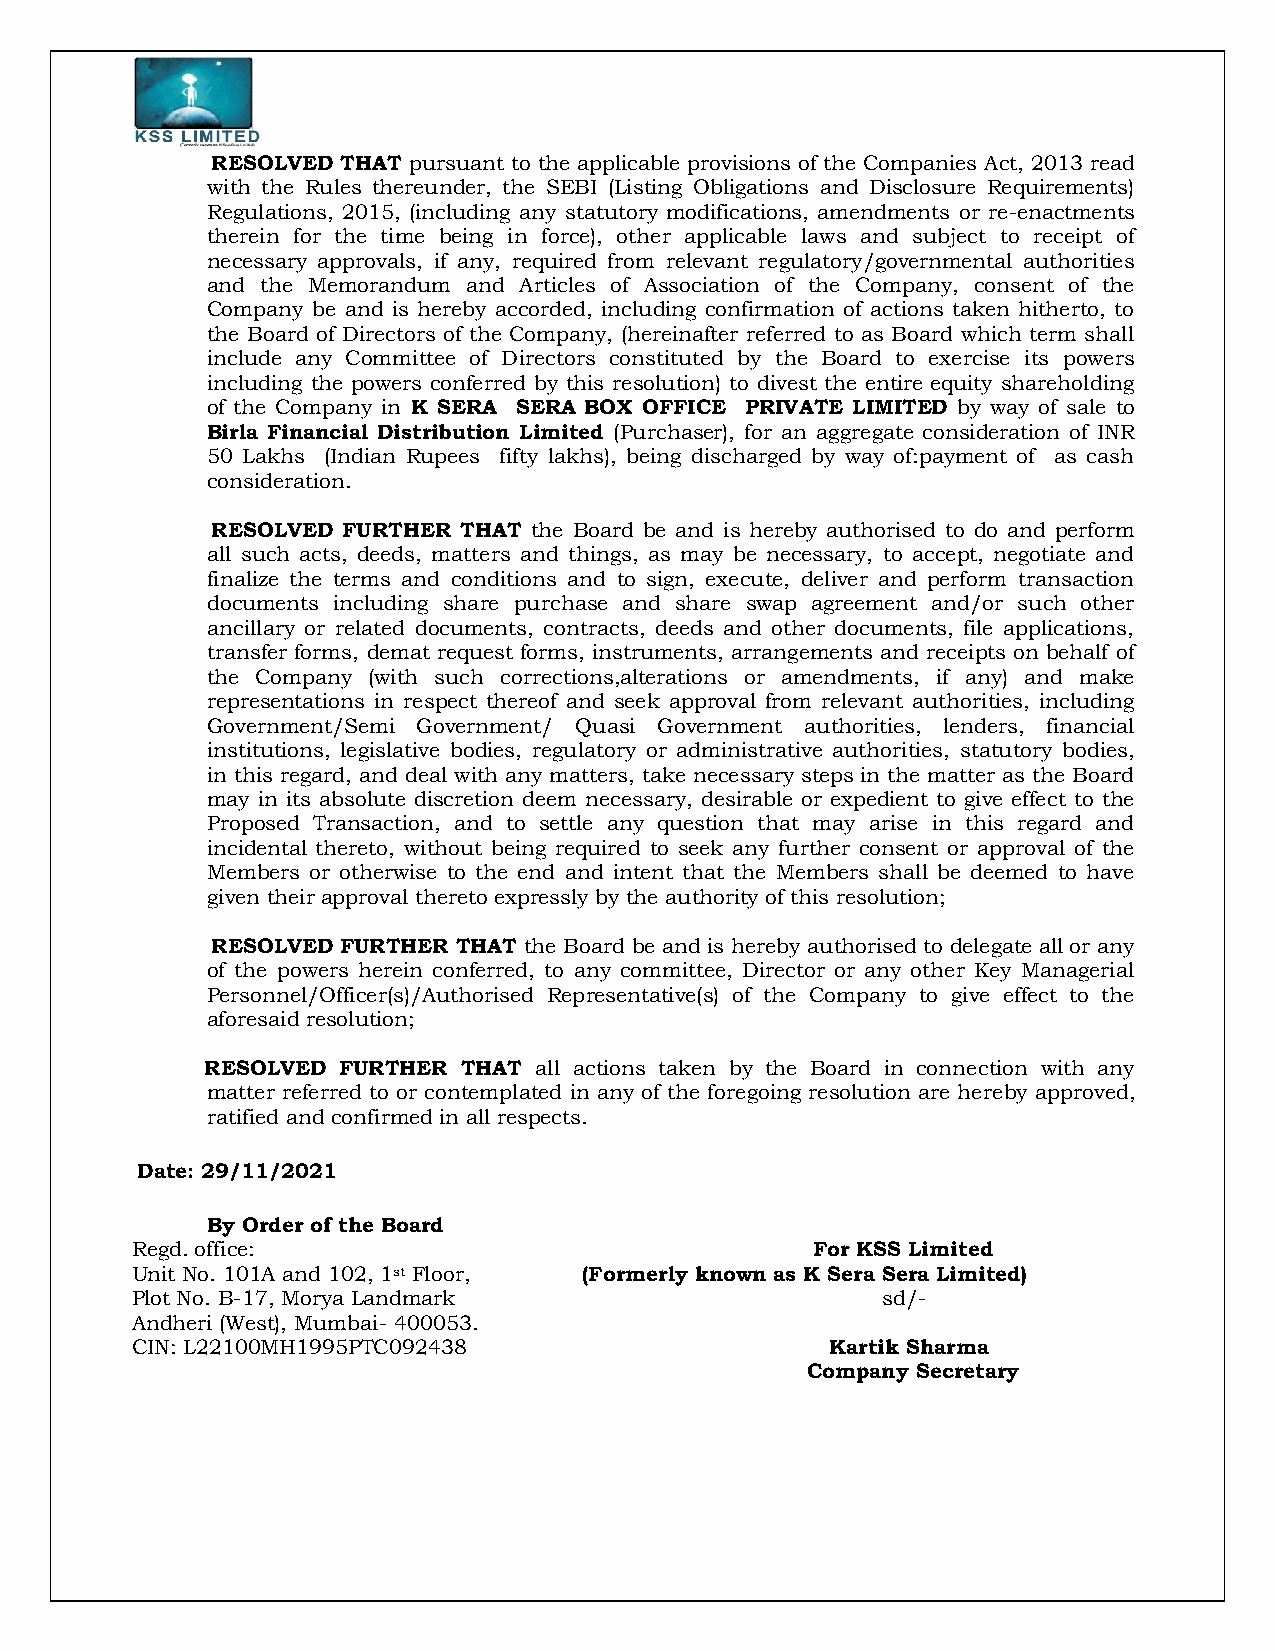
RESOLVED THAT pursuant to the applicable provisions of the Companies Act, 2013 read
 with the Rules thereunder, the SEBI (Listing Obligations and Disclosure Requirements)
 Regulations, 2015, (including any statutory modifications, amendments or re-enactments
 therein for the time being in force), other applicable laws and subject to receipt of
 necessary approvals, if any, required from relevant regulatory/governmental authorities
 and the Memorandum and Articles of Association of the Company, consent of the
 Company be and is hereby accorded, including confirmation of actions taken hitherto, to
 the Board of Directors of the Company, (hereinafter referred to as Board which term shall
 include any Committee of Directors constituted by the Board to exercise its powers
 including the powers conferred by this resolution) to divest the entire equity shareholding
 of the Company in K SERA SERA BOX OFFICE PRIVATE LIMITED by way of sale to
 Birla Financial Distribution Limited (Purchaser), for an aggregate consideration of INR
 50 Lakhs (Indian Rupees fifty lakhs), being discharged by way of:payment of as cash
 consideration.
 RESOLVED FURTHER THAT the Board be and is hereby authorised to do and perform
 all such acts, deeds, matters and things, as may be necessary, to accept, negotiate and
 finalize the terms and conditions and to sign, execute, deliver and perform transaction
 documents including share purchase and share swap agreement and/or such other
 ancillary or related documents, contracts, deeds and other documents, file applications,
 transfer forms, demat request forms, instruments, arrangements and receipts on behalf of
 the Company (with such corrections,alterations or amendments, if any) and make
 representations in respect thereof and seek approval from relevant authorities, including
 Government/Semi Government/ Quasi Government authorities, lenders, financial
 institutions, legislative bodies, regulatory or administrative authorities, statutory bodies,
 in this regard, and deal with any matters, take necessary steps in the matter as the Board
 may in its absolute discretion deem necessary, desirable or expedient to give effect to the
 Proposed Transaction, and to settle any question that may arise in this regard and
 incidental thereto, without being required to seek any further consent or approval of the
 Members or otherwise to the end and intent that the Members shall be deemed to have
 given their approval thereto expressly by the authority of this resolution;
 RESOLVED FURTHER THAT the Board be and is hereby authorised to delegate all or any
 of the powers herein conferred, to any committee, Director or any other Key Managerial
 Personnel/Officer(s)/Authorised Representative(s) of the Company to give effect to the
 aforesaid resolution;
 RESOLVED FURTHER THAT all actions taken by the Board in connection with any
 matter referred to or contemplated in any of the foregoing resolution are hereby approved,
 ratified and confirmed in all respects.
 Date: 29/11/2021
 By Order of the Board
 Regd. office:                                For KSS Limited
 Unit No. 101A and 102, 1st Floor, (Formerly known as K Sera Sera Limited)
 Plot No. B-17, Morya Landmark                    sd/-
 Andheri (West), Mumbai- 400053.
 CIN: L22100MH1995PTC092438                    Kartik Sharma
 Company Secretary